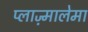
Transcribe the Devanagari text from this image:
प्लाज़्मालेमा